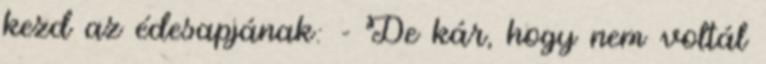
kezd az édesapjának: - De kár, hogy nem voltál